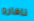
نافارو